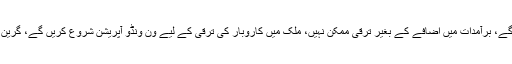
انہوں نے کہا کہ مزید بجلی کے منصوبے لگائیں گے، برآمدات میں اضافے کے بغیر ترقی ممکن نہیں، ملک میں کاروبار کی ترقی کے لیے ون ونڈو آپریشن شروع کریں گے، گرین پاسپورٹ کی عزت کے لیے کشکول توڑنا ہو گا ۔